Senior Leaving Certificate Examination (including Day School Certificate (Higher) General paper), 1949
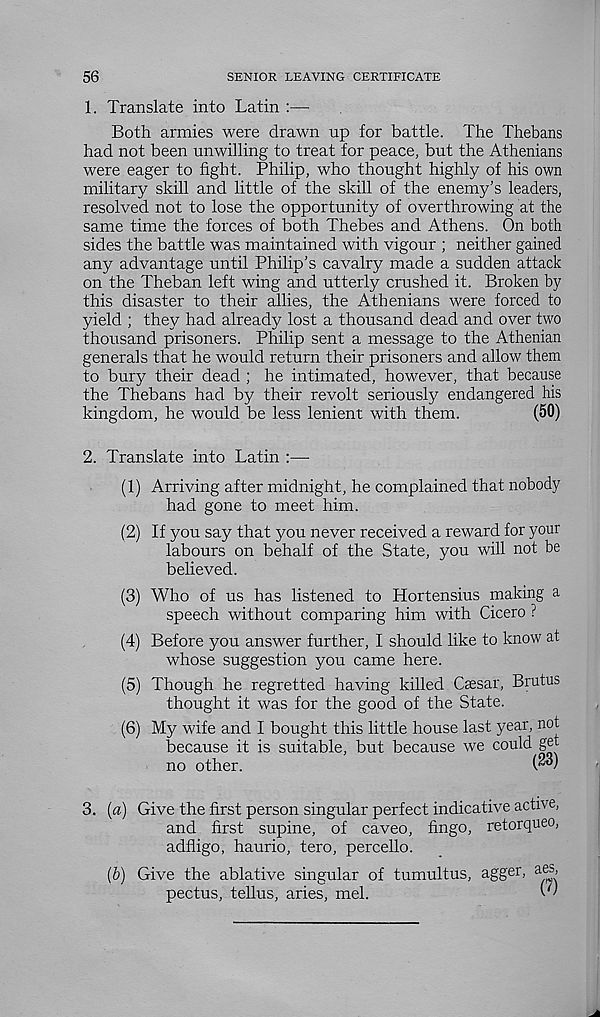
56
SENIOR LEAVING CERTIFICATE
1. Translate into Latin :—
Both armies were drawn up for battle. The Thebans
had not been unwilling to treat for peace, but the Athenians
were eager to fight. Philip, who thought highly of his own
military skill and little of the skill of the enemy’s leaders,
resolved not to lose the opportunity of overthrowing at the
same time the forces of both Thebes and Athens. On both
sides the battle was maintained with vigour ; neither gained
any advantage until Philip’s cavalry made a sudden attack
on the Theban left wing and utterly crushed it. Broken by
this disaster to their allies, the Athenians were forced to
yield ; they had already lost a thousand dead and over two
thousand prisoners. Philip sent a message to the Athenian
generals that he would return their prisoners and allow them
to bury their dead ; he intimated, however, that because
the Thebans had by their revolt seriously endangered his
kingdom, he would be less lenient with them.
(50)
2. Translate into Latin :—
(1) Arriving after midnight, he complained that nobody
had gone to meet him.
(2) If you say that you never received a reward for your
labours on behalf of the State, you will not be
believed.
(3) Who of us has listened to Hortensius making a
speech without comparing him with Cicero ?
(4) Before you answer further, I should like to know at
whose suggestion you came here.
(5) Though he regretted having killed Caesar, Brutus
thought it was for the good of the State.
(6) My wife and I bought this little house last year, not
because it is suitable, but because we could get
no other.
3. (a) Give the first person singular perfect indicative active,
and first supine, of caveo, fingo, retorqueo,
adfligo, haurio, tero, percello.
(&) Give the ablative singular of tumultus, agger, aes,
pectus, tellus, aries, mel.
C'